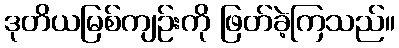
ဒုတိယမြစ်ကျဉ်းကို ဖြတ်ခဲ့ကြသည်။